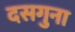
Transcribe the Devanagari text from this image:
दसगुना